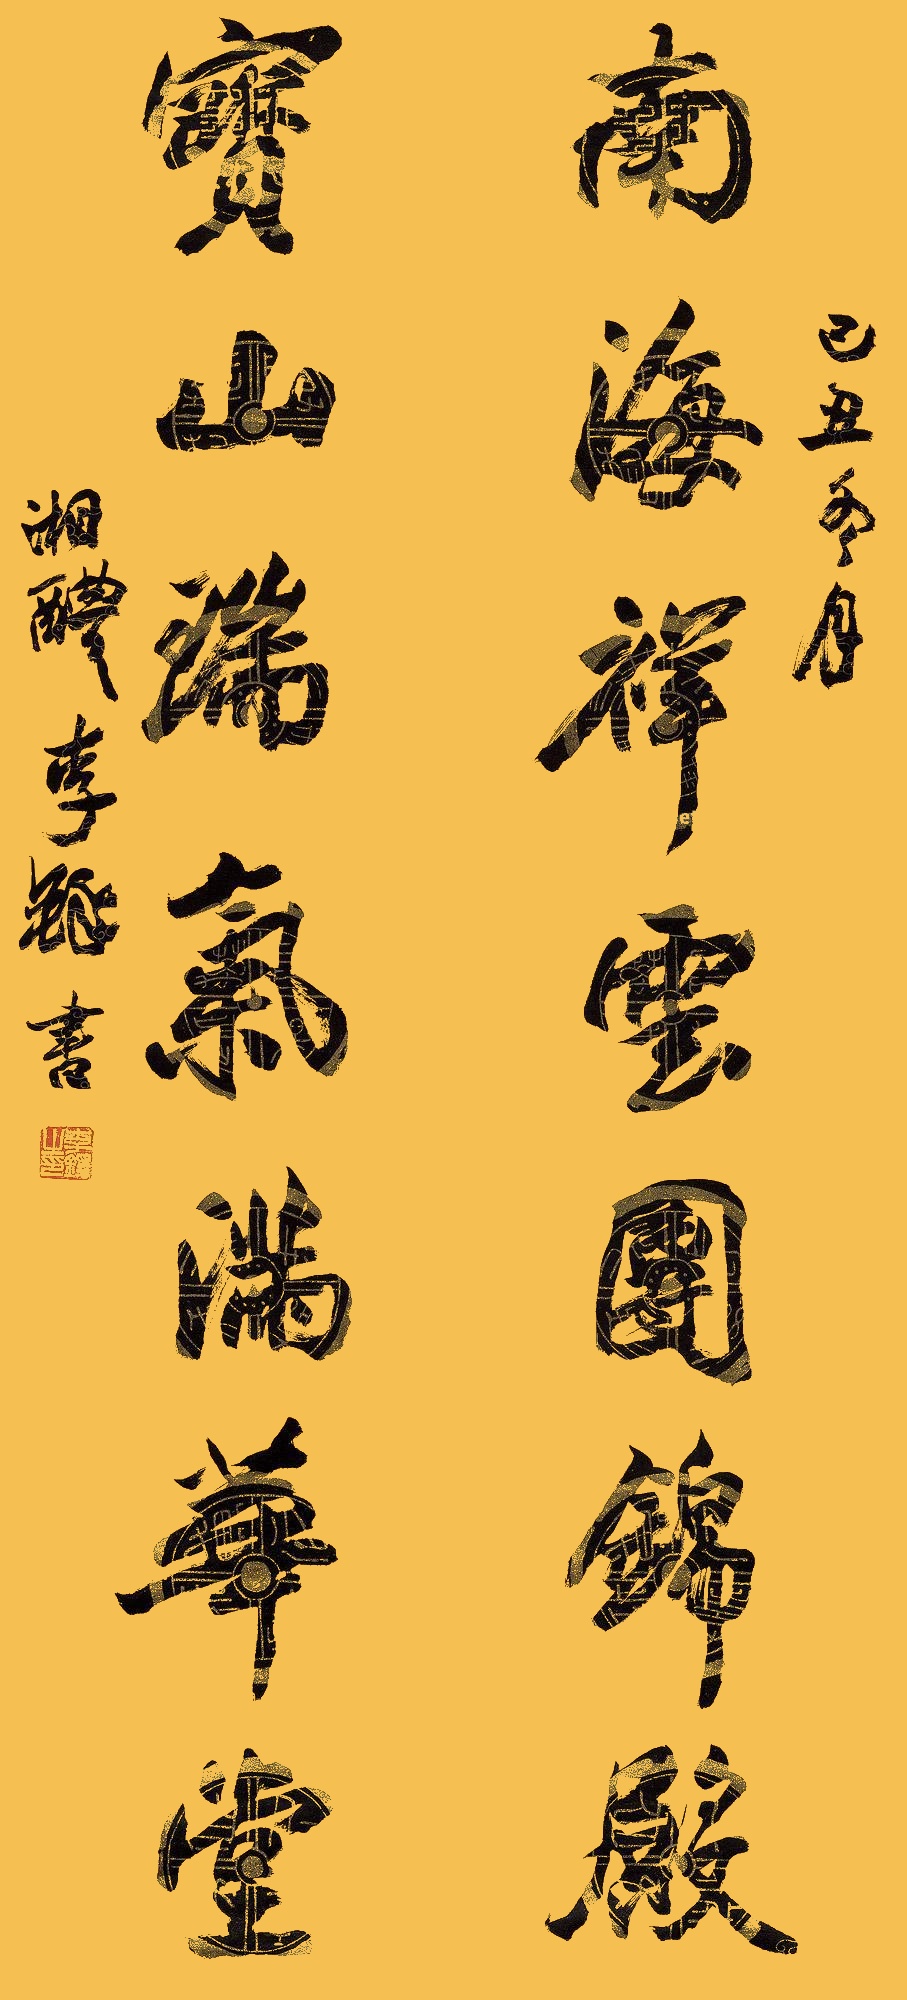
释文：南海祥云团锦殿，宝山瑞气满华堂。己丑冬月，湘醴李铎书。